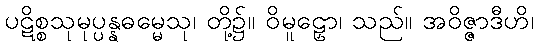
ပဋိစ္စသုမုပ္ပန္နဓမ္မေသု၊ တို့၌။ ဝိမူဠှော၊ သည်။ အဝိဇ္ဇာဒီဟိ၊